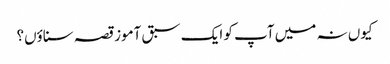
کیوں نہ میں آپ کو ایک سبق آموز قصہ سناؤں؟